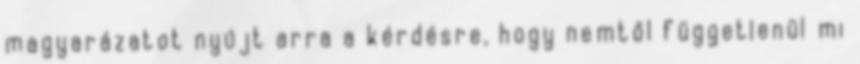
magyarázatot nyújt arra a kérdésre, hogy nemtől függetlenül mi